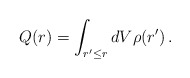
\begin{align*}Q(r)= \int_{r^{\prime}\leq r}dV \rho (r^{\prime})\, .\end{align*}